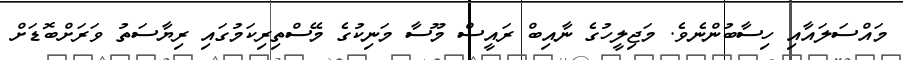
މައްސަލައާއި ހިސާބުންނެވެ. މަޖިލީހުގެ ނާއިބް ރައީސް މޫސާ މަނިކުގެ މޭސްތިރިކަމުގައި ރިޔާސަތު ވަރަށްބޮޑަށް